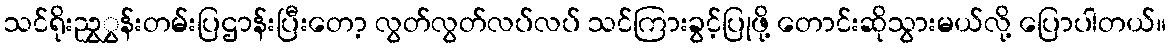
သင်ရိုးညွှွှန်းတမ်းပြဌာန်းပြီးတော့ လွတ်လွတ်လပ်လပ် သင်ကြားခွင့်ပြုဖို့ တောင်းဆိုသွားမယ်လို့ ပြောပါတယ်။